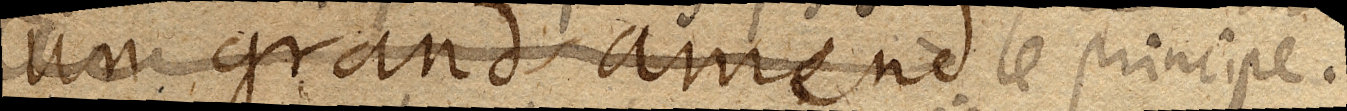
un grand amend le principe.